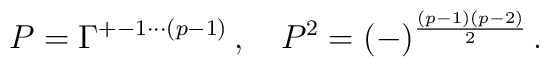
P=\Gamma^{+- 1\cdots (p-1)}\, ,\quad  P^2 = (-)^{\frac{(p-1)(p-2)}{2}}\, .